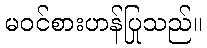
မဝင်စားဟန်ပြုသည်။